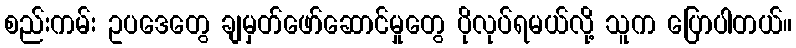
စည်းကမ်း ဥပဒေတွေ ချမှတ်ဖော်ဆောင်မှုတွေ ပိုလုပ်ရမယ်လို့ သူက ပြောပါတယ်။